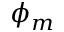
\phi _ { m }